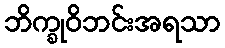
ဘိက္ခုဝိဘင်းအရသာ